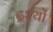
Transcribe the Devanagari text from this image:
द्रश्‍यों